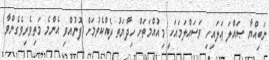
ނަބިއްޔާ ޞައްލަ ޢަލައިހި ވަސައްލަމައަކީ މިއުއްމަތަށް ހިދާޔަތު ދެއްކެވުމަށް ފޮނުއްވި އެންމެ މަތިވެރިވެގެންވާ